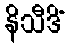
နိသီဒိံ